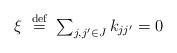
LaTeX: \begin{align*} \xi\;\stackrel{\textnormal{def}}{=}\; \textstyle\sum_{j,j' \in J} k_{jj'} = 0\end{align*}